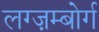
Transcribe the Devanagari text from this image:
लग्ज़म्बोर्ग